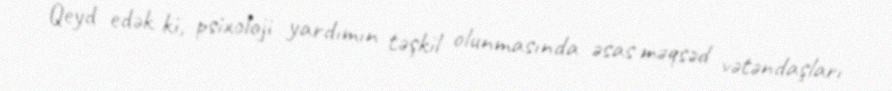
Qeyd edək ki, psixoloji yardımın təşkil olunmasında əsas məqsəd vətəndaşları